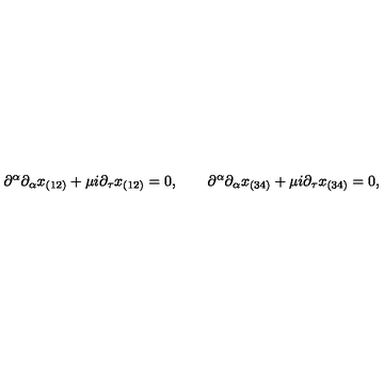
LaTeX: \partial ^ { \alpha } \partial _ { \alpha } x _ { ( 1 2 ) } + \mu i \partial _ { \tau } x _ { ( 1 2 ) } = 0 , \qquad \partial ^ { \alpha } \partial _ { \alpha } x _ { ( 3 4 ) } + \mu i \partial _ { \tau } x _ { ( 3 4 ) } = 0 ,